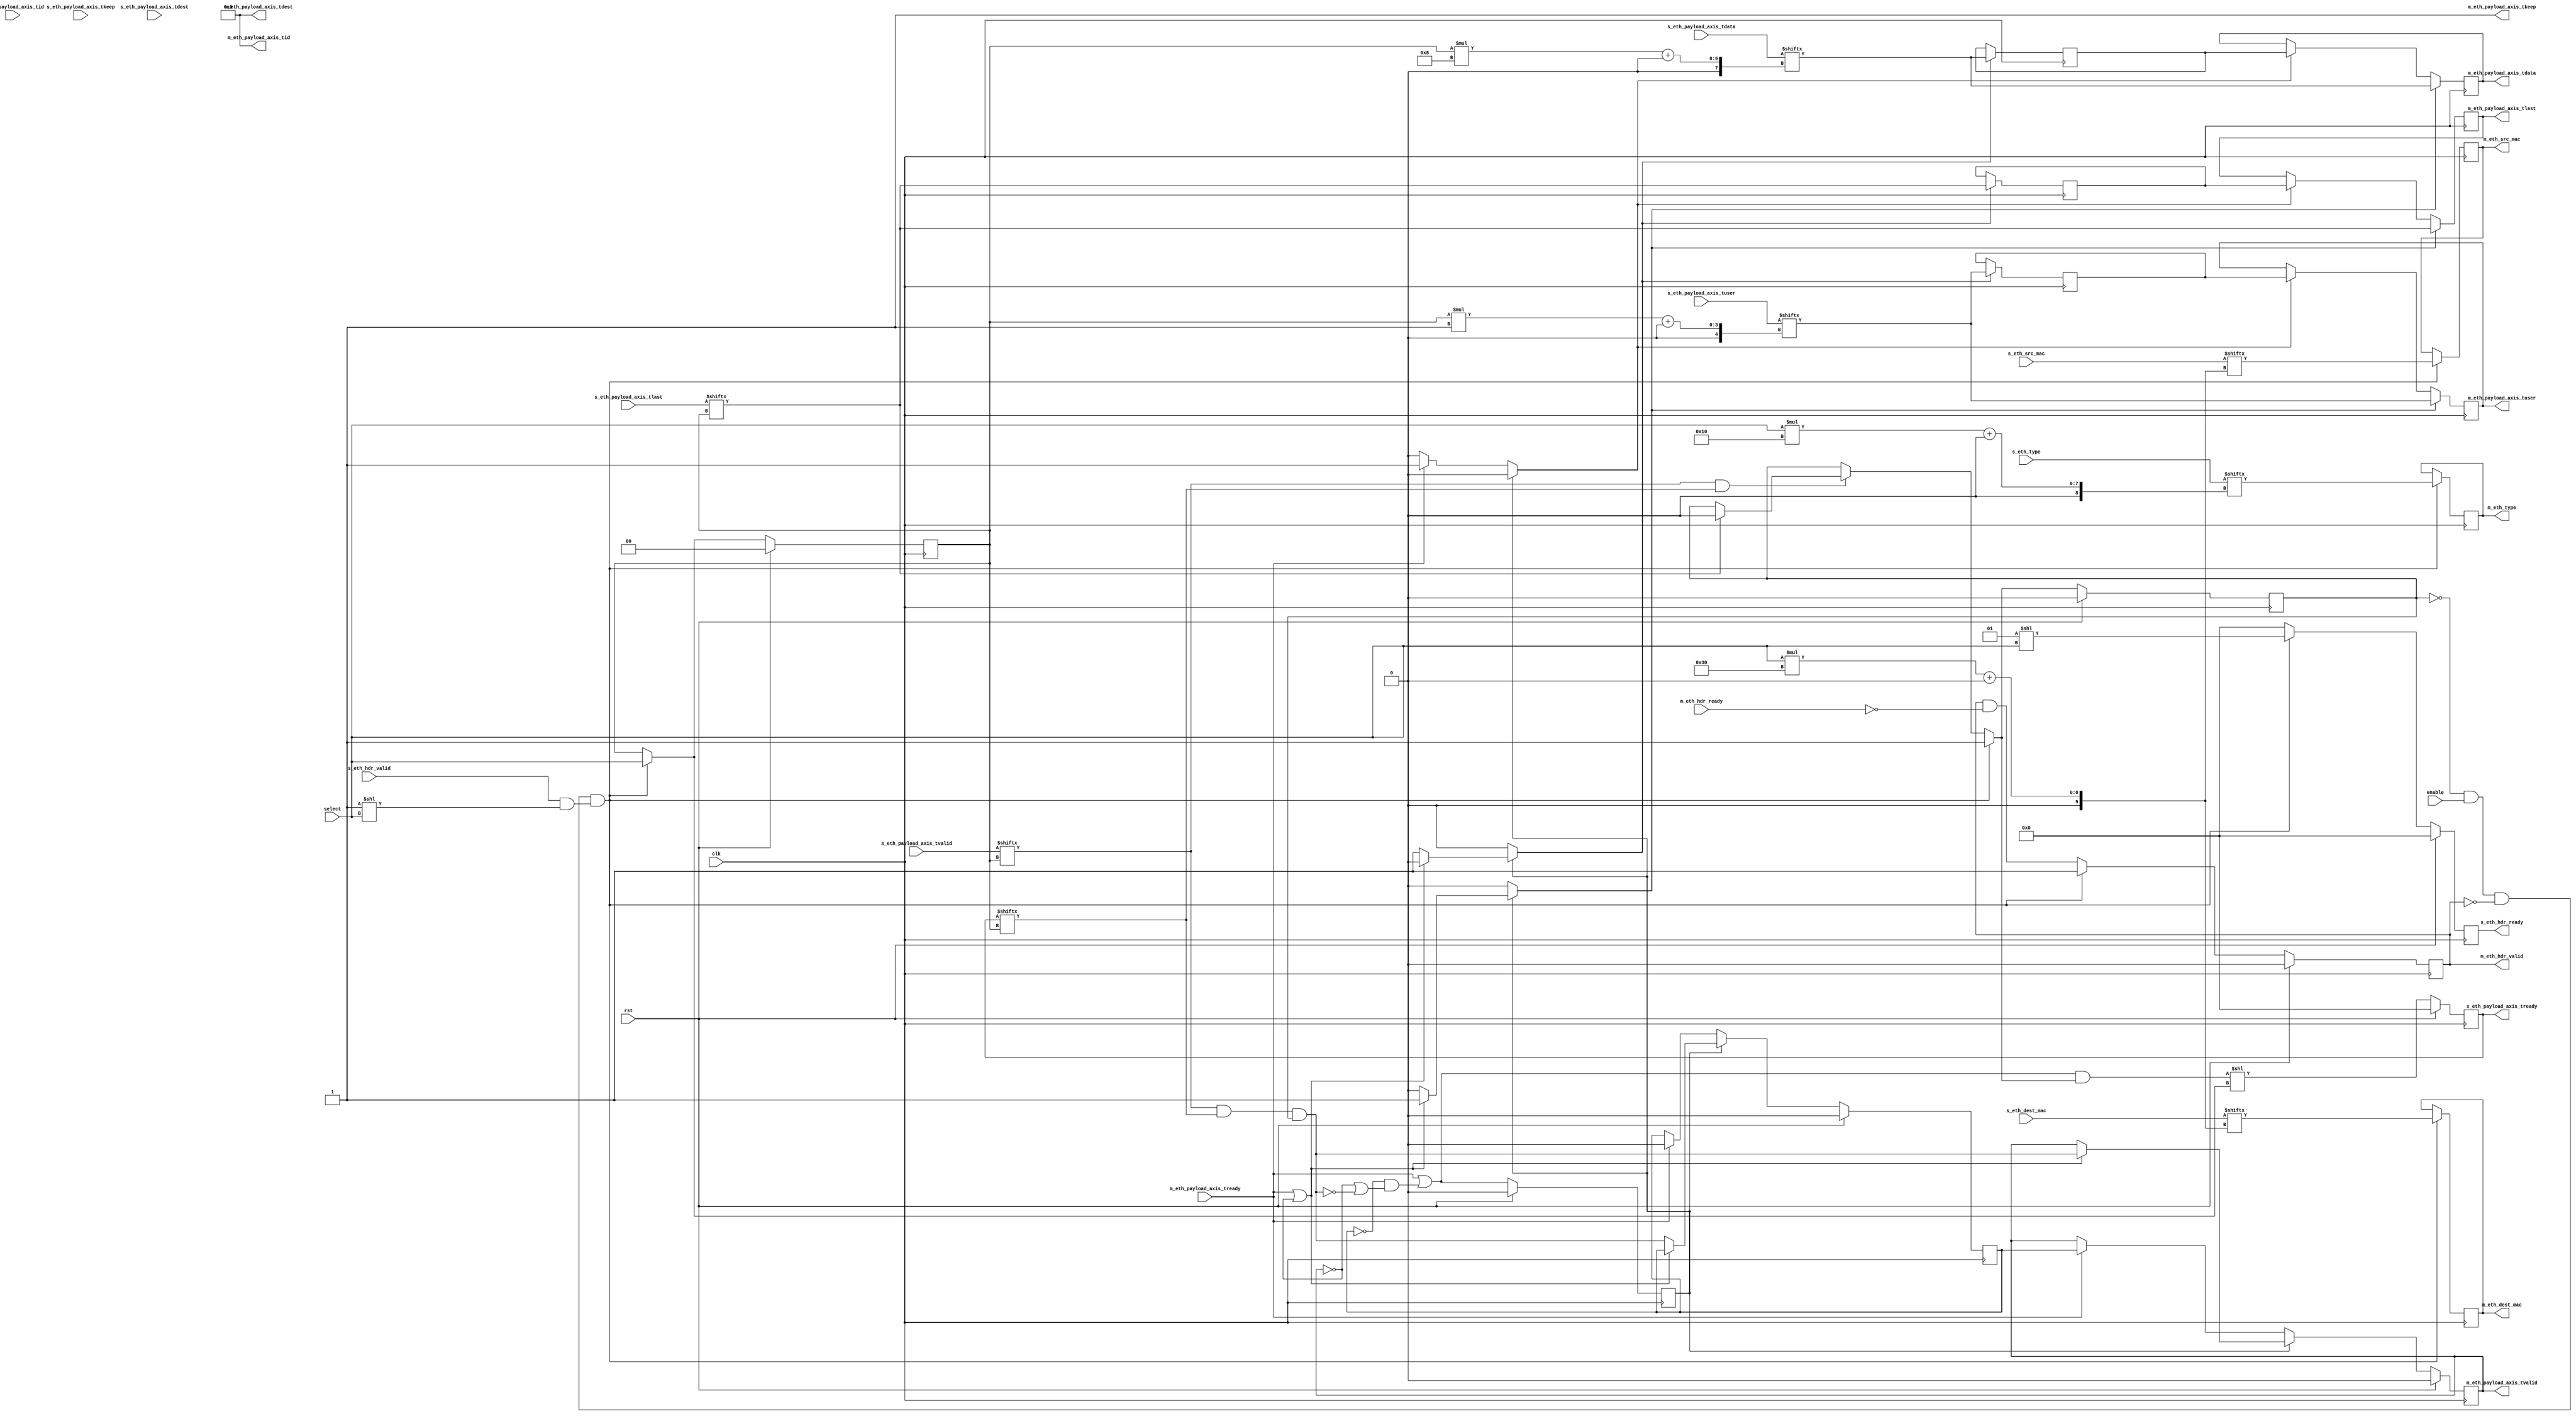
/*

Copyright (c) 2014-2018 Alex Forencich

Permission is hereby granted, free of charge, to any person obtaining a copy
of this software and associated documentation files (the "Software"), to deal
in the Software without restriction, including without limitation the rights
to use, copy, modify, merge, publish, distribute, sublicense, and/or sell
copies of the Software, and to permit persons to whom the Software is
furnished to do so, subject to the following conditions:

The above copyright notice and this permission notice shall be included in
all copies or substantial portions of the Software.

THE SOFTWARE IS PROVIDED "AS IS", WITHOUT WARRANTY OF ANY KIND, EXPRESS OR
IMPLIED, INCLUDING BUT NOT LIMITED TO THE WARRANTIES OF MERCHANTABILITY
FITNESS FOR A PARTICULAR PURPOSE AND NONINFRINGEMENT. IN NO EVENT SHALL THE
AUTHORS OR COPYRIGHT HOLDERS BE LIABLE FOR ANY CLAIM, DAMAGES OR OTHER
LIABILITY, WHETHER IN AN ACTION OF CONTRACT, TORT OR OTHERWISE, ARISING FROM,
OUT OF OR IN CONNECTION WITH THE SOFTWARE OR THE USE OR OTHER DEALINGS IN
THE SOFTWARE.

*/

// Language: Verilog 2001

`timescale 1ns / 1ps

/*
 * Ethernet multiplexer
 */
module eth_mux #
(
    parameter S_COUNT = 4,
    parameter DATA_WIDTH = 8,
    parameter KEEP_ENABLE = (DATA_WIDTH>8),
    parameter KEEP_WIDTH = (DATA_WIDTH/8),
    parameter ID_ENABLE = 0,
    parameter ID_WIDTH = 8,
    parameter DEST_ENABLE = 0,
    parameter DEST_WIDTH = 8,
    parameter USER_ENABLE = 1,
    parameter USER_WIDTH = 1
)
(
    input  wire                          clk,
    input  wire                          rst,

    /*
     * Ethernet frame inputs
     */
    input  wire [S_COUNT-1:0]            s_eth_hdr_valid,
    output wire [S_COUNT-1:0]            s_eth_hdr_ready,
    input  wire [S_COUNT*48-1:0]         s_eth_dest_mac,
    input  wire [S_COUNT*48-1:0]         s_eth_src_mac,
    input  wire [S_COUNT*16-1:0]         s_eth_type,
    input  wire [S_COUNT*DATA_WIDTH-1:0] s_eth_payload_axis_tdata,
    input  wire [S_COUNT*KEEP_WIDTH-1:0] s_eth_payload_axis_tkeep,
    input  wire [S_COUNT-1:0]            s_eth_payload_axis_tvalid,
    output wire [S_COUNT-1:0]            s_eth_payload_axis_tready,
    input  wire [S_COUNT-1:0]            s_eth_payload_axis_tlast,
    input  wire [S_COUNT*ID_WIDTH-1:0]   s_eth_payload_axis_tid,
    input  wire [S_COUNT*DEST_WIDTH-1:0] s_eth_payload_axis_tdest,
    input  wire [S_COUNT*USER_WIDTH-1:0] s_eth_payload_axis_tuser,

    /*
     * Ethernet frame output
     */
    output wire                          m_eth_hdr_valid,
    input  wire                          m_eth_hdr_ready,
    output wire [47:0]                   m_eth_dest_mac,
    output wire [47:0]                   m_eth_src_mac,
    output wire [15:0]                   m_eth_type,
    output wire [DATA_WIDTH-1:0]         m_eth_payload_axis_tdata,
    output wire [KEEP_WIDTH-1:0]         m_eth_payload_axis_tkeep,
    output wire                          m_eth_payload_axis_tvalid,
    input  wire                          m_eth_payload_axis_tready,
    output wire                          m_eth_payload_axis_tlast,
    output wire [ID_WIDTH-1:0]           m_eth_payload_axis_tid,
    output wire [DEST_WIDTH-1:0]         m_eth_payload_axis_tdest,
    output wire [USER_WIDTH-1:0]         m_eth_payload_axis_tuser,

    /*
     * Control
     */
    input  wire                          enable,
    input  wire [$clog2(S_COUNT)-1:0]    select
);

parameter CL_S_COUNT = $clog2(S_COUNT);

reg [CL_S_COUNT-1:0] select_reg = 2'd0, select_next;
reg frame_reg = 1'b0, frame_next;

reg [S_COUNT-1:0] s_eth_hdr_ready_reg = 0, s_eth_hdr_ready_next;

reg [S_COUNT-1:0] s_eth_payload_axis_tready_reg = 0, s_eth_payload_axis_tready_next;

reg m_eth_hdr_valid_reg = 1'b0, m_eth_hdr_valid_next;
reg [47:0] m_eth_dest_mac_reg = 48'd0, m_eth_dest_mac_next;
reg [47:0] m_eth_src_mac_reg = 48'd0, m_eth_src_mac_next;
reg [15:0] m_eth_type_reg = 16'd0, m_eth_type_next;

// internal datapath
reg  [DATA_WIDTH-1:0] m_eth_payload_axis_tdata_int;
reg  [KEEP_WIDTH-1:0] m_eth_payload_axis_tkeep_int;
reg                   m_eth_payload_axis_tvalid_int;
reg                   m_eth_payload_axis_tready_int_reg = 1'b0;
reg                   m_eth_payload_axis_tlast_int;
reg  [ID_WIDTH-1:0]   m_eth_payload_axis_tid_int;
reg  [DEST_WIDTH-1:0] m_eth_payload_axis_tdest_int;
reg  [USER_WIDTH-1:0] m_eth_payload_axis_tuser_int;
wire                  m_eth_payload_axis_tready_int_early;

assign s_eth_hdr_ready = s_eth_hdr_ready_reg;

assign s_eth_payload_axis_tready = s_eth_payload_axis_tready_reg;

assign m_eth_hdr_valid = m_eth_hdr_valid_reg;
assign m_eth_dest_mac = m_eth_dest_mac_reg;
assign m_eth_src_mac = m_eth_src_mac_reg;
assign m_eth_type = m_eth_type_reg;

// mux for incoming packet
wire [DATA_WIDTH-1:0] current_s_tdata  = s_eth_payload_axis_tdata[select_reg*DATA_WIDTH +: DATA_WIDTH];
wire [KEEP_WIDTH-1:0] current_s_tkeep  = s_eth_payload_axis_tkeep[select_reg*KEEP_WIDTH +: KEEP_WIDTH];
wire                  current_s_tvalid = s_eth_payload_axis_tvalid[select_reg];
wire                  current_s_tready = s_eth_payload_axis_tready[select_reg];
wire                  current_s_tlast  = s_eth_payload_axis_tlast[select_reg];
wire [ID_WIDTH-1:0]   current_s_tid    = s_eth_payload_axis_tid[select_reg*ID_WIDTH +: ID_WIDTH];
wire [DEST_WIDTH-1:0] current_s_tdest  = s_eth_payload_axis_tdest[select_reg*DEST_WIDTH +: DEST_WIDTH];
wire [USER_WIDTH-1:0] current_s_tuser  = s_eth_payload_axis_tuser[select_reg*USER_WIDTH +: USER_WIDTH];

always @* begin
    select_next = select_reg;
    frame_next = frame_reg;

    s_eth_hdr_ready_next = 0;

    s_eth_payload_axis_tready_next = 0;

    m_eth_hdr_valid_next = m_eth_hdr_valid_reg && !m_eth_hdr_ready;
    m_eth_dest_mac_next = m_eth_dest_mac_reg;
    m_eth_src_mac_next = m_eth_src_mac_reg;
    m_eth_type_next = m_eth_type_reg;

    if (current_s_tvalid & current_s_tready) begin
        // end of frame detection
        if (current_s_tlast) begin
            frame_next = 1'b0;
        end
    end

    if (!frame_reg && enable && !m_eth_hdr_valid && (s_eth_hdr_valid & (1 << select))) begin
        // start of frame, grab select value
        frame_next = 1'b1;
        select_next = select;

        s_eth_hdr_ready_next = (1 << select);

        m_eth_hdr_valid_next = 1'b1;
        m_eth_dest_mac_next = s_eth_dest_mac[select*48 +: 48];
        m_eth_src_mac_next = s_eth_src_mac[select*48 +: 48];
        m_eth_type_next = s_eth_type[select*16 +: 16];
    end

    // generate ready signal on selected port
    s_eth_payload_axis_tready_next = (m_eth_payload_axis_tready_int_early && frame_next) << select_next;

    // pass through selected packet data
    m_eth_payload_axis_tdata_int  = current_s_tdata;
    m_eth_payload_axis_tkeep_int  = current_s_tkeep;
    m_eth_payload_axis_tvalid_int = current_s_tvalid && current_s_tready && frame_reg;
    m_eth_payload_axis_tlast_int  = current_s_tlast;
    m_eth_payload_axis_tid_int    = current_s_tid;
    m_eth_payload_axis_tdest_int  = current_s_tdest;
    m_eth_payload_axis_tuser_int  = current_s_tuser;
end

always @(posedge clk) begin
    if (rst) begin
        select_reg <= 0;
        frame_reg <= 1'b0;
        s_eth_hdr_ready_reg <= 0;
        s_eth_payload_axis_tready_reg <= 0;
        m_eth_hdr_valid_reg <= 1'b0;
    end else begin
        select_reg <= select_next;
        frame_reg <= frame_next;
        s_eth_hdr_ready_reg <= s_eth_hdr_ready_next;
        s_eth_payload_axis_tready_reg <= s_eth_payload_axis_tready_next;
        m_eth_hdr_valid_reg <= m_eth_hdr_valid_next;
    end

    m_eth_dest_mac_reg <= m_eth_dest_mac_next;
    m_eth_src_mac_reg <= m_eth_src_mac_next;
    m_eth_type_reg <= m_eth_type_next;
end

// output datapath logic
reg [DATA_WIDTH-1:0] m_eth_payload_axis_tdata_reg  = {DATA_WIDTH{1'b0}};
reg [KEEP_WIDTH-1:0] m_eth_payload_axis_tkeep_reg  = {KEEP_WIDTH{1'b0}};
reg                  m_eth_payload_axis_tvalid_reg = 1'b0, m_eth_payload_axis_tvalid_next;
reg                  m_eth_payload_axis_tlast_reg  = 1'b0;
reg [ID_WIDTH-1:0]   m_eth_payload_axis_tid_reg    = {ID_WIDTH{1'b0}};
reg [DEST_WIDTH-1:0] m_eth_payload_axis_tdest_reg  = {DEST_WIDTH{1'b0}};
reg [USER_WIDTH-1:0] m_eth_payload_axis_tuser_reg  = {USER_WIDTH{1'b0}};

reg [DATA_WIDTH-1:0] temp_m_eth_payload_axis_tdata_reg  = {DATA_WIDTH{1'b0}};
reg [KEEP_WIDTH-1:0] temp_m_eth_payload_axis_tkeep_reg  = {KEEP_WIDTH{1'b0}};
reg                  temp_m_eth_payload_axis_tvalid_reg = 1'b0, temp_m_eth_payload_axis_tvalid_next;
reg                  temp_m_eth_payload_axis_tlast_reg  = 1'b0;
reg [ID_WIDTH-1:0]   temp_m_eth_payload_axis_tid_reg    = {ID_WIDTH{1'b0}};
reg [DEST_WIDTH-1:0] temp_m_eth_payload_axis_tdest_reg  = {DEST_WIDTH{1'b0}};
reg [USER_WIDTH-1:0] temp_m_eth_payload_axis_tuser_reg  = {USER_WIDTH{1'b0}};

// datapath control
reg store_axis_int_to_output;
reg store_axis_int_to_temp;
reg store_axis_temp_to_output;

assign m_eth_payload_axis_tdata  = m_eth_payload_axis_tdata_reg;
assign m_eth_payload_axis_tkeep  = KEEP_ENABLE ? m_eth_payload_axis_tkeep_reg : {KEEP_WIDTH{1'b1}};
assign m_eth_payload_axis_tvalid = m_eth_payload_axis_tvalid_reg;
assign m_eth_payload_axis_tlast  = m_eth_payload_axis_tlast_reg;
assign m_eth_payload_axis_tid    = ID_ENABLE   ? m_eth_payload_axis_tid_reg   : {ID_WIDTH{1'b0}};
assign m_eth_payload_axis_tdest  = DEST_ENABLE ? m_eth_payload_axis_tdest_reg : {DEST_WIDTH{1'b0}};
assign m_eth_payload_axis_tuser  = USER_ENABLE ? m_eth_payload_axis_tuser_reg : {USER_WIDTH{1'b0}};

// enable ready input next cycle if output is ready or the temp reg will not be filled on the next cycle (output reg empty or no input)
assign m_eth_payload_axis_tready_int_early = m_eth_payload_axis_tready || (!temp_m_eth_payload_axis_tvalid_reg && (!m_eth_payload_axis_tvalid_reg || !m_eth_payload_axis_tvalid_int));

always @* begin
    // transfer sink ready state to source
    m_eth_payload_axis_tvalid_next = m_eth_payload_axis_tvalid_reg;
    temp_m_eth_payload_axis_tvalid_next = temp_m_eth_payload_axis_tvalid_reg;

    store_axis_int_to_output = 1'b0;
    store_axis_int_to_temp = 1'b0;
    store_axis_temp_to_output = 1'b0;

    if (m_eth_payload_axis_tready_int_reg) begin
        // input is ready
        if (m_eth_payload_axis_tready || !m_eth_payload_axis_tvalid_reg) begin
            // output is ready or currently not valid, transfer data to output
            m_eth_payload_axis_tvalid_next = m_eth_payload_axis_tvalid_int;
            store_axis_int_to_output = 1'b1;
        end else begin
            // output is not ready, store input in temp
            temp_m_eth_payload_axis_tvalid_next = m_eth_payload_axis_tvalid_int;
            store_axis_int_to_temp = 1'b1;
        end
    end else if (m_eth_payload_axis_tready) begin
        // input is not ready, but output is ready
        m_eth_payload_axis_tvalid_next = temp_m_eth_payload_axis_tvalid_reg;
        temp_m_eth_payload_axis_tvalid_next = 1'b0;
        store_axis_temp_to_output = 1'b1;
    end
end

always @(posedge clk) begin
    if (rst) begin
        m_eth_payload_axis_tvalid_reg <= 1'b0;
        m_eth_payload_axis_tready_int_reg <= 1'b0;
        temp_m_eth_payload_axis_tvalid_reg <= 1'b0;
    end else begin
        m_eth_payload_axis_tvalid_reg <= m_eth_payload_axis_tvalid_next;
        m_eth_payload_axis_tready_int_reg <= m_eth_payload_axis_tready_int_early;
        temp_m_eth_payload_axis_tvalid_reg <= temp_m_eth_payload_axis_tvalid_next;
    end

    // datapath
    if (store_axis_int_to_output) begin
        m_eth_payload_axis_tdata_reg <= m_eth_payload_axis_tdata_int;
        m_eth_payload_axis_tkeep_reg <= m_eth_payload_axis_tkeep_int;
        m_eth_payload_axis_tlast_reg <= m_eth_payload_axis_tlast_int;
        m_eth_payload_axis_tid_reg   <= m_eth_payload_axis_tid_int;
        m_eth_payload_axis_tdest_reg <= m_eth_payload_axis_tdest_int;
        m_eth_payload_axis_tuser_reg <= m_eth_payload_axis_tuser_int;
    end else if (store_axis_temp_to_output) begin
        m_eth_payload_axis_tdata_reg <= temp_m_eth_payload_axis_tdata_reg;
        m_eth_payload_axis_tkeep_reg <= temp_m_eth_payload_axis_tkeep_reg;
        m_eth_payload_axis_tlast_reg <= temp_m_eth_payload_axis_tlast_reg;
        m_eth_payload_axis_tid_reg   <= temp_m_eth_payload_axis_tid_reg;
        m_eth_payload_axis_tdest_reg <= temp_m_eth_payload_axis_tdest_reg;
        m_eth_payload_axis_tuser_reg <= temp_m_eth_payload_axis_tuser_reg;
    end

    if (store_axis_int_to_temp) begin
        temp_m_eth_payload_axis_tdata_reg <= m_eth_payload_axis_tdata_int;
        temp_m_eth_payload_axis_tkeep_reg <= m_eth_payload_axis_tkeep_int;
        temp_m_eth_payload_axis_tlast_reg <= m_eth_payload_axis_tlast_int;
        temp_m_eth_payload_axis_tid_reg   <= m_eth_payload_axis_tid_int;
        temp_m_eth_payload_axis_tdest_reg <= m_eth_payload_axis_tdest_int;
        temp_m_eth_payload_axis_tuser_reg <= m_eth_payload_axis_tuser_int;
    end
end

endmodule